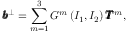
\pmb { b } ^ { \bot } = \sum _ { m = 1 } ^ { 3 } G ^ { m } \left( I _ { 1 } , I _ { 2 } \right) \pmb { T } ^ { m } ,